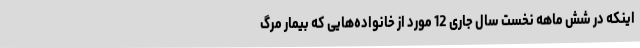
اینکه در شش ماهه نخست سال جاری 12 مورد از خانواده‌هایی که بیمار مرگ